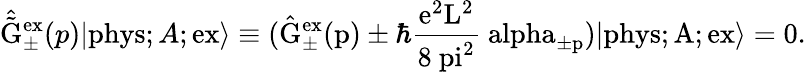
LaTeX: \hat{\tilde{\mathrm{G}}}_{\pm}^{\mathrm{ex}}(p)|\mathrm{phys};A;\mathrm{ex\rangle\equiv(\hat{\mathrm{G}}_{\pm}^{\mathrm{ex}}(p)\pm\hbar\frac{e^{2}\mathrm{L}^{2}}{8{\ pi}^{2}}\ alpha_{\pm p})|\mathrm{phys};A;\mathrm{ex\rangle=0.}}